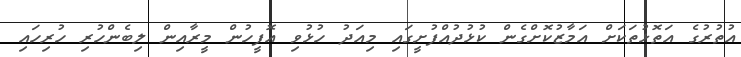
އުތުރުގެ އަތޮޅުތަކަށް އަމާޒުކޮށްގެން ކުޅުދުއްފުށީގައި މިއަދު ހުޅުވި އޮފީހުން މީރާއިން ލިބެންހުރި ހުރިހައި